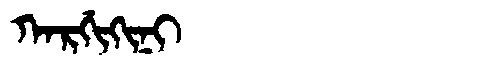
Manchu: ᡴᠠᡵᡤᡳᡴᡳᠨᡳ
Romanization: KARGIKINI